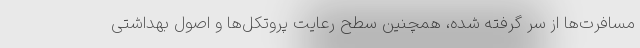
مسافرت‌ها از سر گرفته شده، همچنین سطح رعایت پروتکل‌ها و اصول بهداشتی